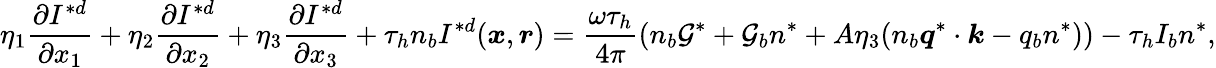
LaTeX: \eta_{1}\frac{\partial I^{*d}}{\partial x_{1}}+\eta_{2}\frac{\partial I^{*d}}{\partial x_{2}}+\eta_{3}\frac{\partial I^{*d}}{\partial x_{3}}+\tau_{h}n_{b}I^{*d}(\boldsymbol{x},\boldsymbol{r})=\frac{\omega\tau_{h}}{4\pi}(n_{b}\mathcal{G}^{*}+\mathcal{G}_{b}n^{*}+A\eta_{3}(n_{b}\boldsymbol{q}^{*}\cdot\boldsymbol{k}-q_{b}n^{*}))-\tau_{h}I_{b}n^{*},